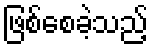
ဖြစ်စေခဲ့သည့်